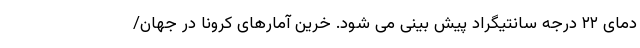
دمای ۲۲ درجه سانتیگراد پیش بینی می شود. خرین آمارهای کرونا در جهان/